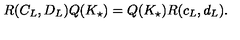
R ( C _ { L } , D _ { L } ) Q ( K _ { \star } ) = Q ( K _ { \star } ) R ( c _ { L } , d _ { L } ) .